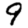
Digit: 9